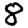
Digit: 8